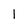
Character: l